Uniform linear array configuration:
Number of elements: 64
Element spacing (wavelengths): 1
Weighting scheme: hann
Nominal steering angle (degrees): -60
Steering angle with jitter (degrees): -59.504
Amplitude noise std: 0.05
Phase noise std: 0.05

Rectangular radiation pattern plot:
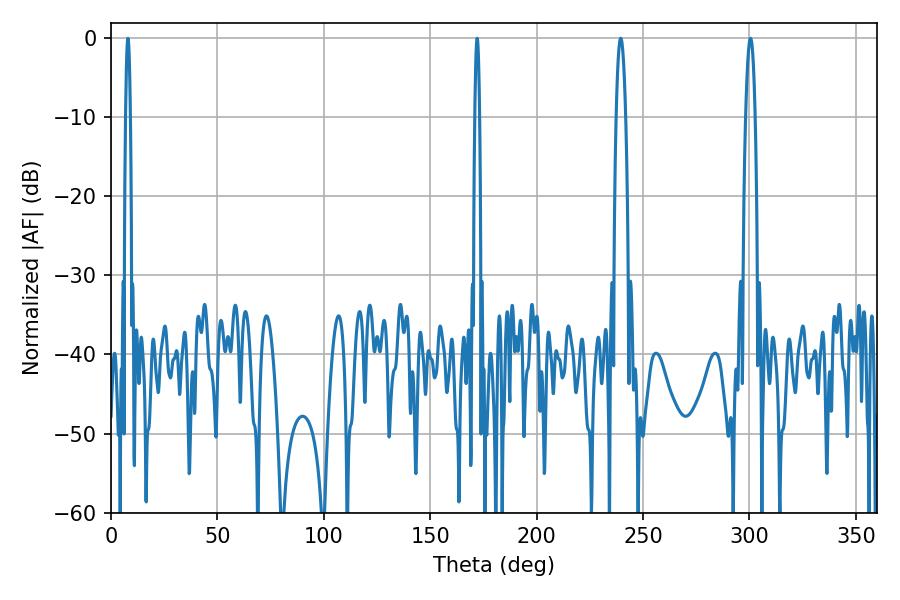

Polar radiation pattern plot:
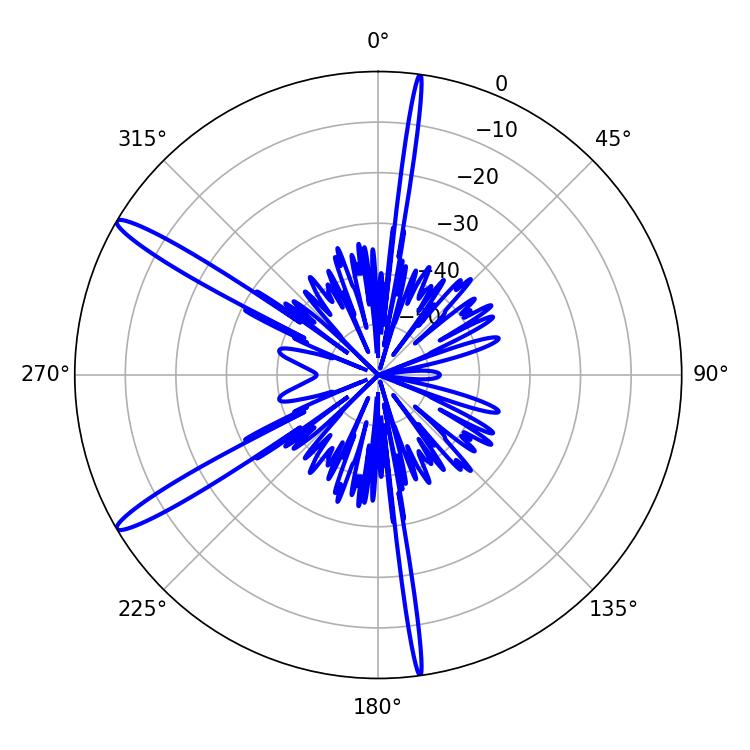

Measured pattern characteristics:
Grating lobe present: TRUE
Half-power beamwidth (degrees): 1.08
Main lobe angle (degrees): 7.92